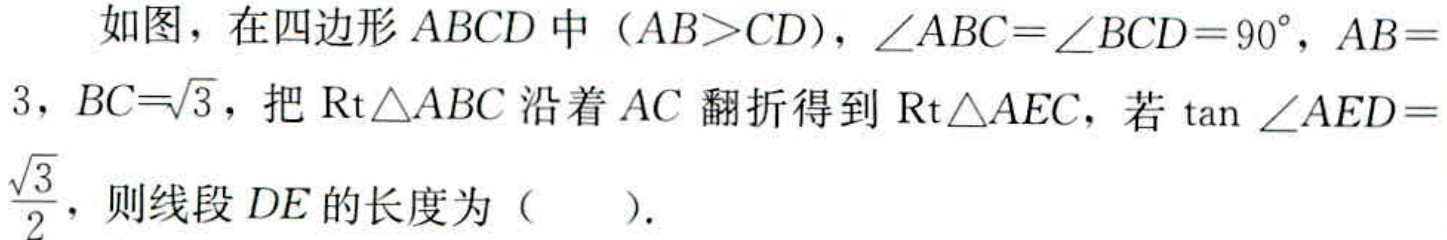
如图，在四边形\(ABCD\)中（\(AB>CD\)），\(\angle ABC = \angle BCD = 90^{\circ}\)，\(AB = 3\)，\(BC = \sqrt{3}\)，把\(\text{Rt}\triangle ABC\)沿着\(AC\)翻折得到\(\text{Rt}\triangle AEC\)，若\(\tan\angle AED=\frac{\sqrt{3}}{2}\)，则线段\(DE\)的长度为（  ）.